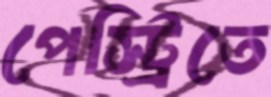
পেস্ট্রিতে